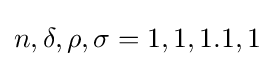
n,\delta ,\rho ,\sigma =1,1,1.1,1